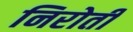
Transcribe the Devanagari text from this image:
निरोती